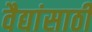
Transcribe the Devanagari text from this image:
वैद्यांसाठी